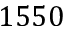
1 5 5 0